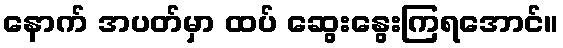
နောက် အပတ်မှာ ထပ် ဆွေးနွေးကြရအောင်။